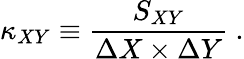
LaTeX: \kappa_{XY}\equiv\frac{S_{XY}}{\Delta X\times\Delta Y}~.